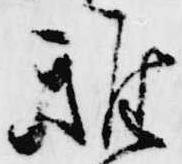
雅